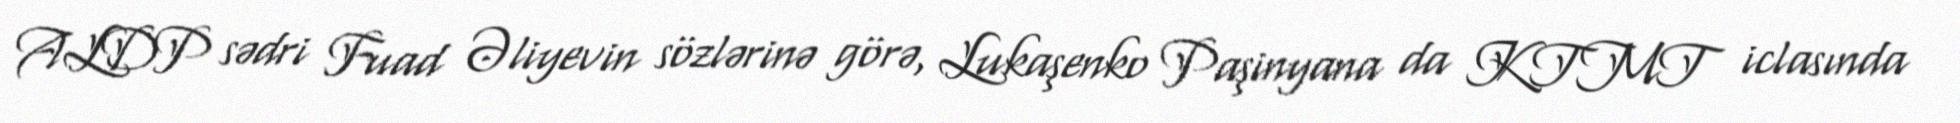
ALDP sədri Fuad Əliyevin sözlərinə görə, Lukaşenko Paşinyana da KTMT iclasında